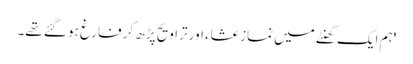
'ہم ایک گھنٹے میں نمازِ عشاء اور تراویح پڑھ کر فارغ ہو گئے تھے۔